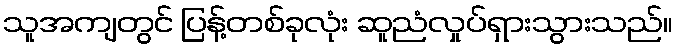
သူအကျတွင် ပြန့်တစ်ခုလုံး ဆူညံလှုပ်ရှားသွားသည်။